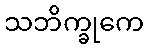
သဘိက္ခုကေ